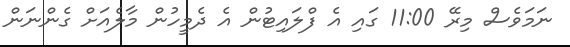
ނަމަވެސް މިރޭ 11:00 ގައި އެ ފްލައިޓުން އެ ދެމީހުން މާލެއަށް ގެންނަން